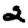
Digit: 2